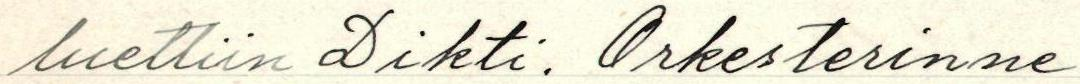
luettiin Dikti. Orkesterinne